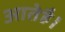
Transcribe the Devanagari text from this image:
आतेहै।